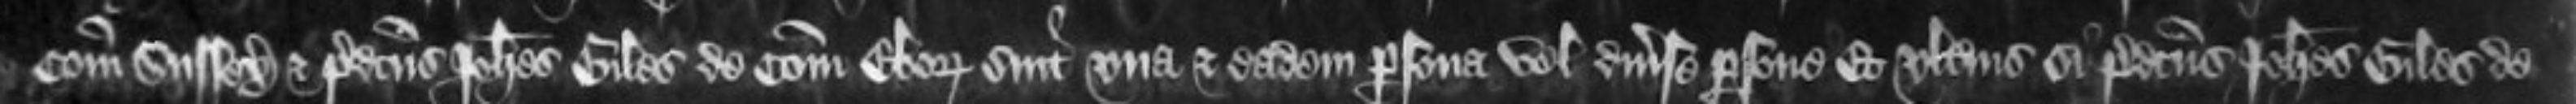
Comitatu Sussex et predictus Johannes Giles de Comitatu Eboraci sint una et eadem persona vel diverse persone Et ulterius si predictus Johannes Giles de